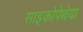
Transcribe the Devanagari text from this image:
साइकोपेथेया